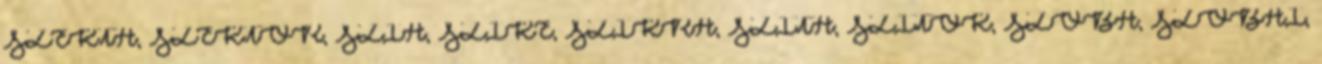
SZEKTA, SZEKTOR, SZIA, SZIKE, SZIKRA, SZITA, SZITOK, SZOBA, SZOBAI,